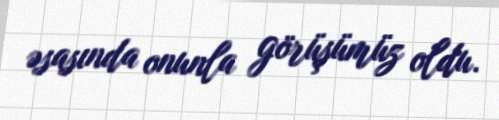
əsasında onunla görüşümüz oldu.